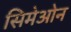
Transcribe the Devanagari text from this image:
सिमेओन